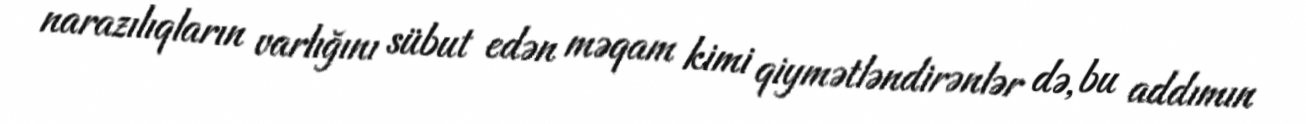
narazılıqların varlığını sübut edən məqam kimi qiymətləndirənlər də, bu addımın